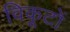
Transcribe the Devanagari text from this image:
विकूटों